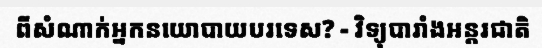
ពីសំណាក់អ្នកនយោបាយបរទេស? - វិទ្យុបារាំងអន្តរជាតិ